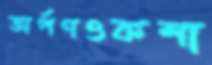
অর্পণওকশা